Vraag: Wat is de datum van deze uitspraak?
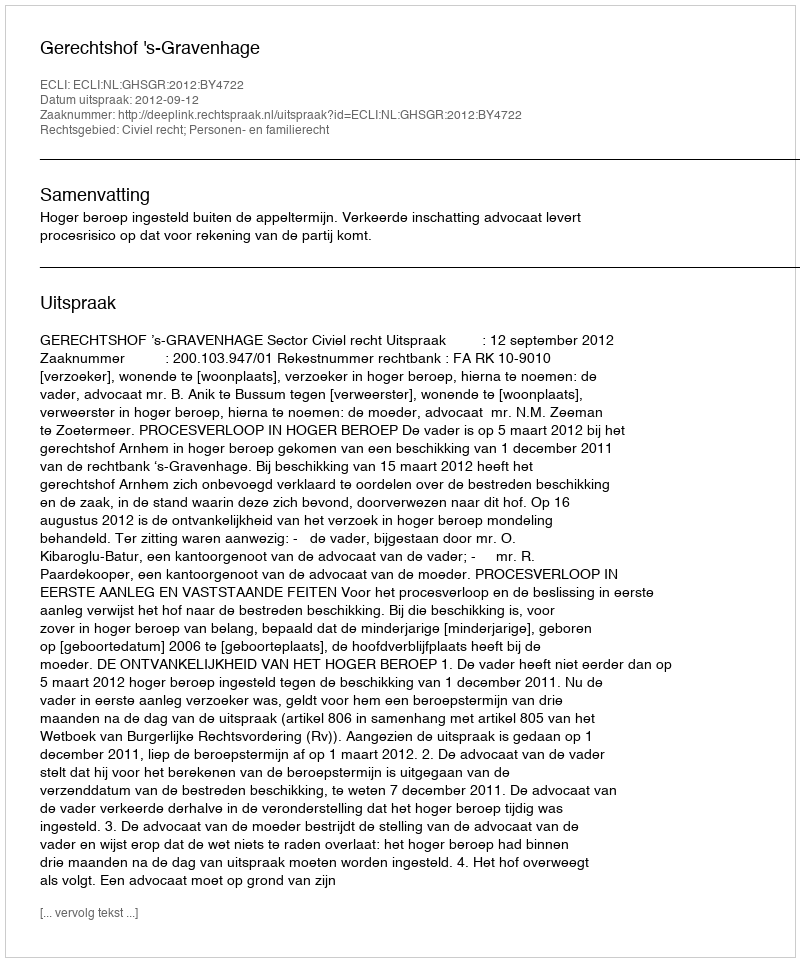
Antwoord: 2012-09-12